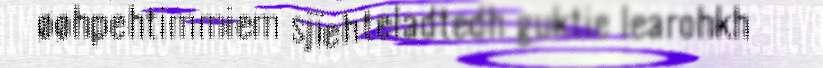
øøhpehtimmiem sjïehteladtedh guktie learohkh